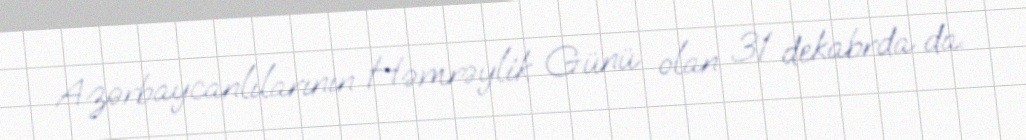
Azərbaycanlılarının Həmrəylik Günü olan 31 dekabrda da.